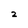
Character: z